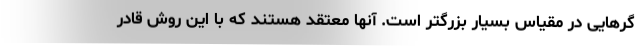
گرهایی در مقیاس بسیار بزرگتر است. آنها معتقد هستند که با این روش قادر